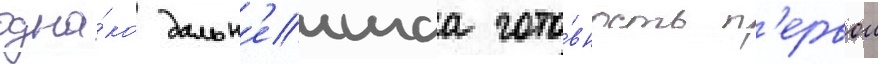
одна́ко дальн'еишаа гото́вность п'ервои